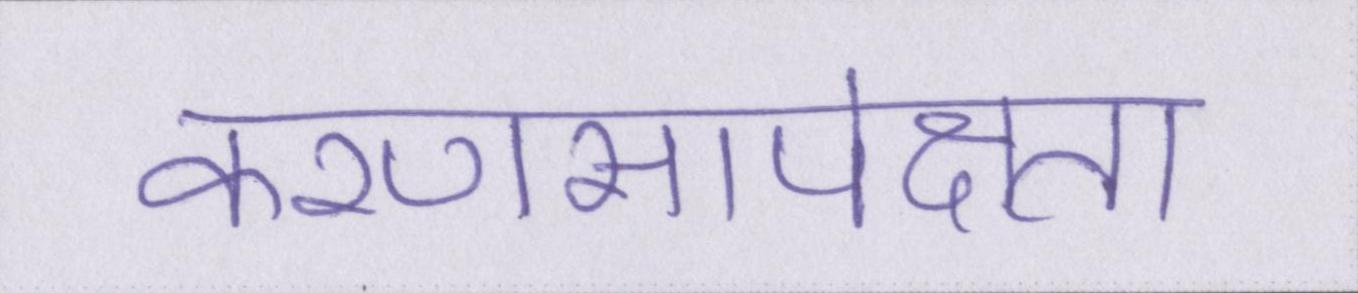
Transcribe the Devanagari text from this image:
करणसापेक्षता